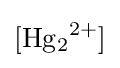
{\ce {[Hg2^2+]}}